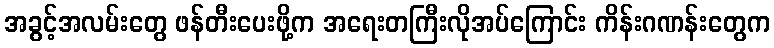
အခွင့်အလမ်းတွေ ဖန်တီးပေးဖို့က အရေးတကြီးလိုအပ်ကြောင်း ကိန်းဂဏန်းတွေက